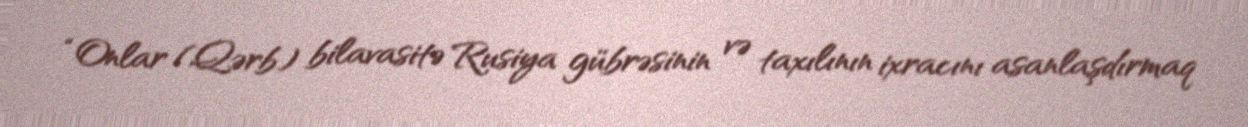
“Onlar (Qərb) bilavasitə Rusiya gübrəsinin və taxılının ixracını asanlaşdırmaq